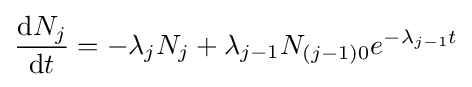
{\frac {\mathrm {d} N_{j}}{\mathrm {d} t}}=-\lambda _{j}N_{j}+\lambda _{j-1}N_{(j-1)0}e^{-\lambda _{j-1}t}